65_HS1-834228961_62-HQ-83894_Section_10
Agency: FBI
Page 163
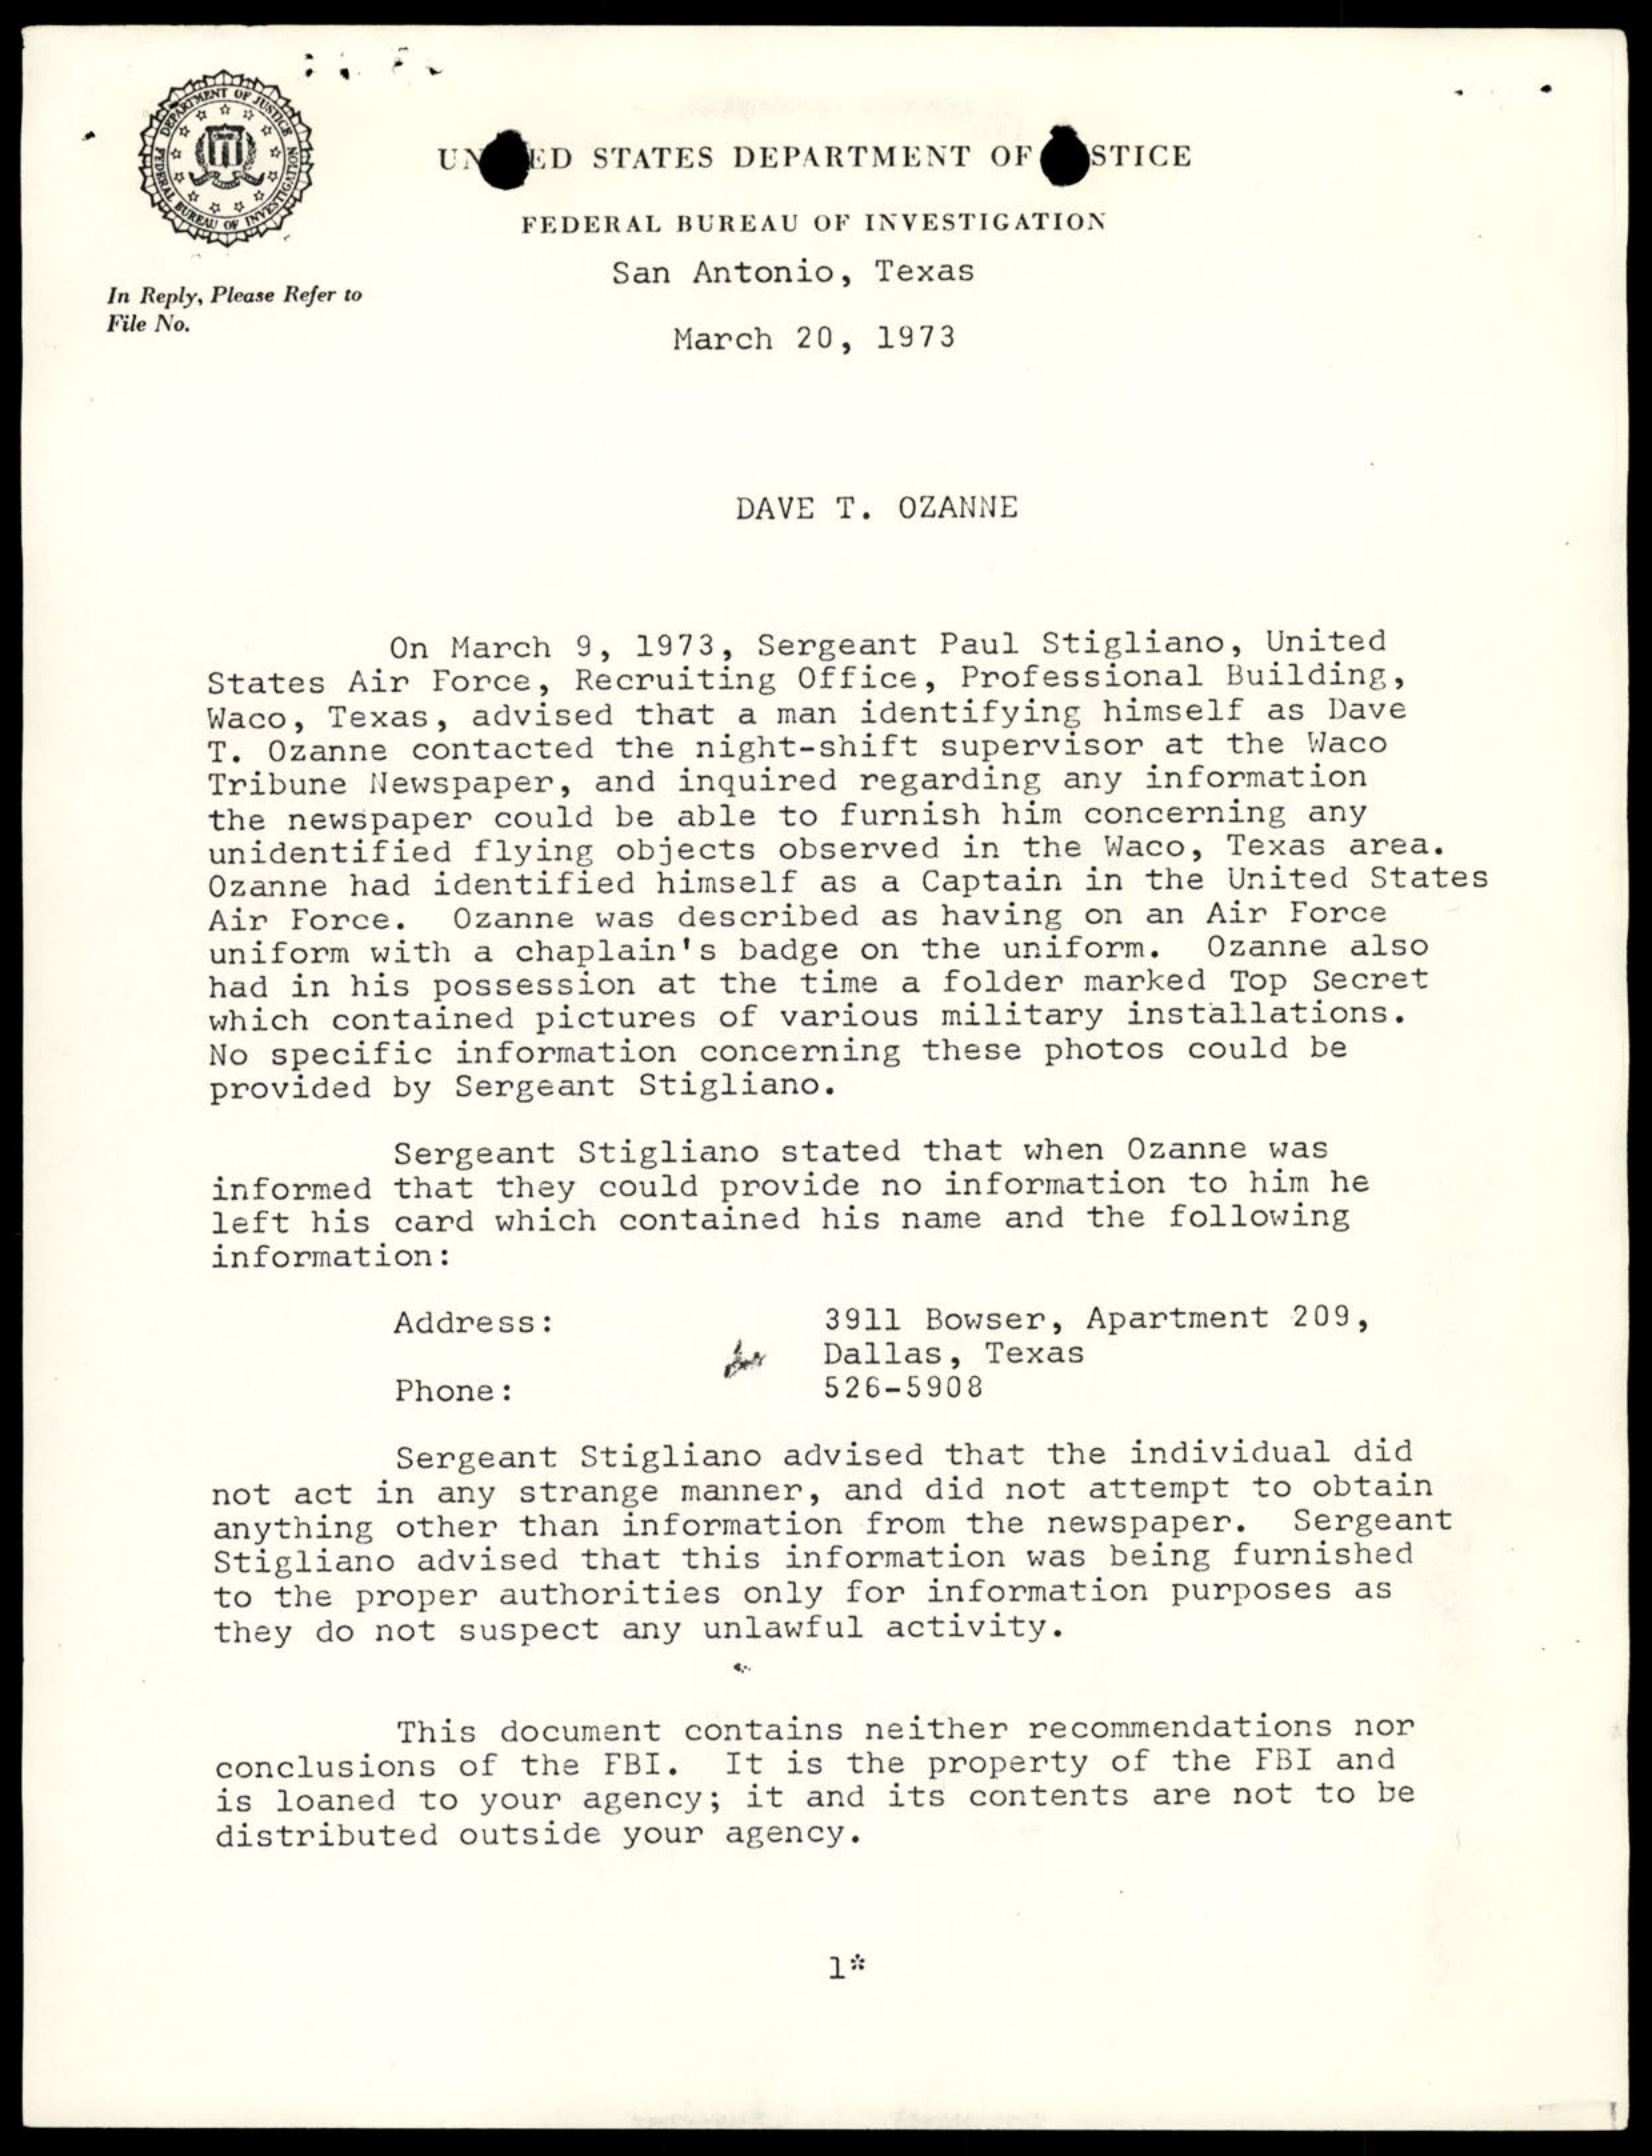